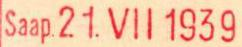
Saap.21.VII  1939